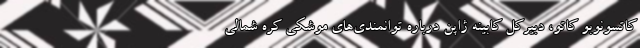
کاتسونوبو کاتو، دبیرکل کابینه ژاپن درباره توانمندی‌های موشکی کره شمالی